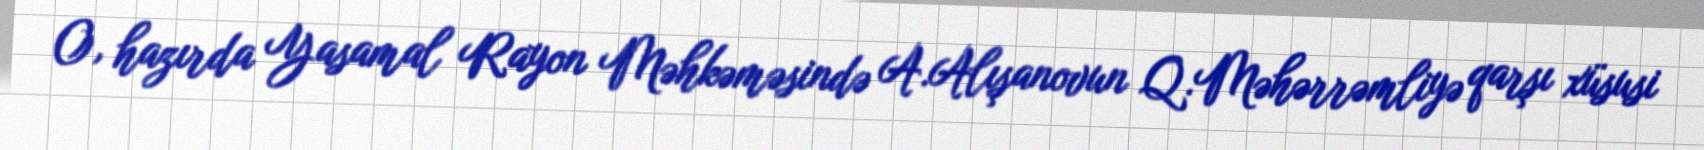
O, hazırda Yasamal Rayon Məhkəməsində A.Alışanovun Q.Məhərrəmliyə qarşı xüsusi